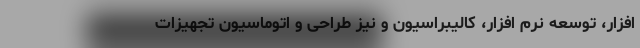
افزار، توسعه نرم افزار، کالیبراسیون و نیز طراحی و اتوماسیون تجهیزات